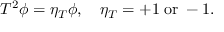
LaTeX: { \cal T } ^ { 2 } \phi = \eta _ { T } \phi , \quad \eta _ { T } = + 1 \; \mathrm { o r } \; - 1 .